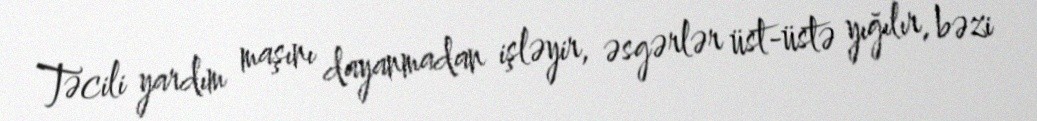
Təcili yardım maşını dayanmadan işləyir, əsgərlər üst-üstə yığılır, bəzi